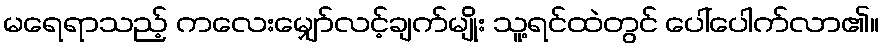
မရေရာသည့် ကလေးမျှော်လင့်ချက်မျိုး သူ့ရင်ထဲတွင် ပေါ်ပေါက်လာ၏။